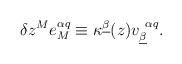
LaTeX: \begin{align*}\delta z^Me_M^{\alpha q}\equiv\kappa^{\underline\beta}(z)v_{\underline\beta}^{~\alpha q}.\end{align*}